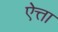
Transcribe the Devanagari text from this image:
ऐत्ता